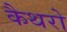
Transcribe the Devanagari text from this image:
कैथरो